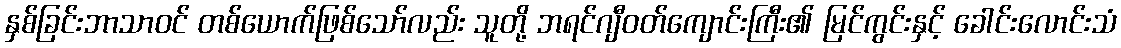
နှစ်ခြင်းဘာသာဝင် တစ်ယောက်ဖြစ်သော်လည်း သူတို့ ဘရင်ဂျီဝတ်ကျောင်းကြီး၏ မြင်ကွင်းနှင့် ခေါင်းလောင်းသံ